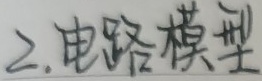
2. 电路模型